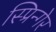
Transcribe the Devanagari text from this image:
स्प्रिन्गेर